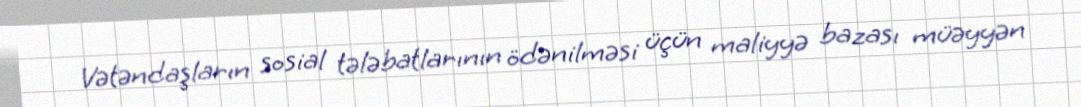
Vətəndaşların sosial tələbatlarının ödənilməsi üçün maliyyə bazası müəyyən